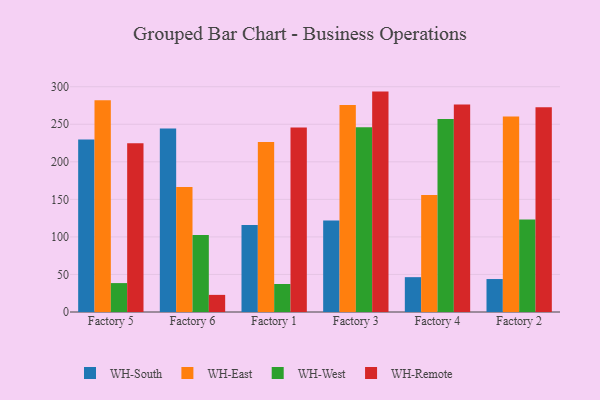
{"axis": {"x": "Factory", "y": "LTV (USD)"}, "legend": ["WH-East", "WH-Remote", "WH-South", "WH-West"], "data": [{"x": "Factory 5", "y": 229.6, "type": "WH-South"}, {"x": "Factory 5", "y": 281.9, "type": "WH-East"}, {"x": "Factory 5", "y": 38.5, "type": "WH-West"}, {"x": "Factory 5", "y": 224.6, "type": "WH-Remote"}, {"x": "Factory 6", "y": 244.5, "type": "WH-South"}, {"x": "Factory 6", "y": 166.3, "type": "WH-East"}, {"x": "Factory 6", "y": 102.5, "type": "WH-West"}, {"x": "Factory 6", "y": 22.8, "type": "WH-Remote"}, {"x": "Factory 1", "y": 116.0, "type": "WH-South"}, {"x": "Factory 1", "y": 226.3, "type": "WH-East"}, {"x": "Factory 1", "y": 37.3, "type": "WH-West"}, {"x": "Factory 1", "y": 245.6, "type": "WH-Remote"}, {"x": "Factory 3", "y": 121.8, "type": "WH-South"}, {"x": "Factory 3", "y": 275.5, "type": "WH-East"}, {"x": "Factory 3", "y": 245.9, "type": "WH-West"}, {"x": "Factory 3", "y": 293.5, "type": "WH-Remote"}, {"x": "Factory 4", "y": 46.4, "type": "WH-South"}, {"x": "Factory 4", "y": 155.8, "type": "WH-East"}, {"x": "Factory 4", "y": 256.9, "type": "WH-West"}, {"x": "Factory 4", "y": 276.2, "type": "WH-Remote"}, {"x": "Factory 2", "y": 43.9, "type": "WH-South"}, {"x": "Factory 2", "y": 260.4, "type": "WH-East"}, {"x": "Factory 2", "y": 123.3, "type": "WH-West"}, {"x": "Factory 2", "y": 272.5, "type": "WH-Remote"}]}